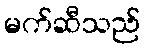
မက်ဆီသည်